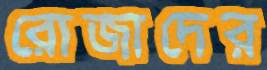
রোজাদের